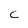
Character: c